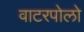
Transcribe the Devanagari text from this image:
वाटरपोलो